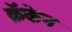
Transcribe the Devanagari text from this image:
क्रॅकेन